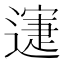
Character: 𨖋